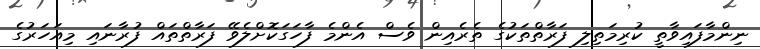
ނިންމާފައިވާތީ ކުރިމަތިލި ފަރާތްތަކުގެ ތެރެއިން ވެސް އެންމެ ފާހަގަކޮށްލެވޭ ފަރާތްތައް ފުރާނައި މިއަހަރުގެ